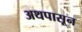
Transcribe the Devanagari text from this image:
अथपासून